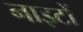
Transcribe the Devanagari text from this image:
नाइटों